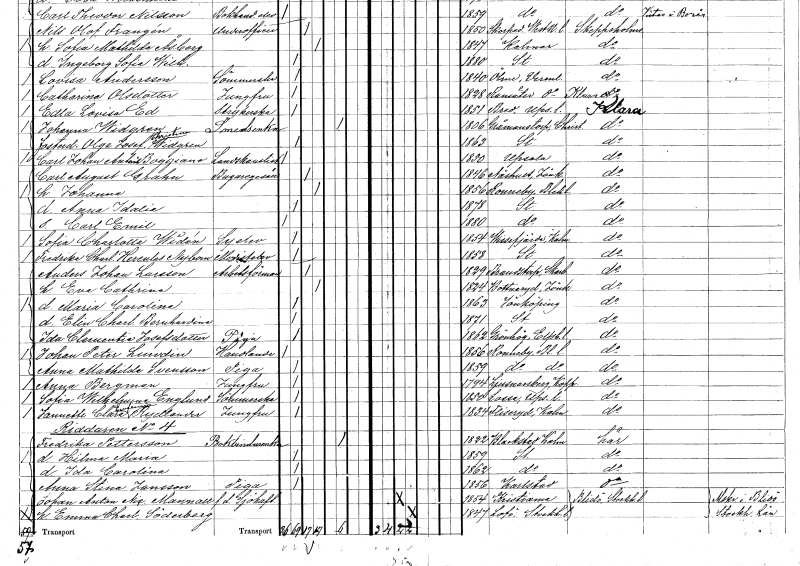
gt_parse: households: individuals: FN: Johanna
KON: K
CIV: G
FODAR: 1856
FODFORS: Ronneby Blekinge län
FN: Anna Idalia
KON: K
CIV: O
FODAR: 1878
FODFORS: Stockholm
FN: Carl Emil
KON: M
CIV: O
FODAR: 1880
FODFORS: Stockholm
FN: Sofia Charlotta
EN: Widén
YRKE: Syelev
KON: K
CIV: O
FODAR: 1854
FODFORS: Vissefjärda Kalmar län
FN: Fredrika Charlotta
EN: Hercules Nybom
YRKE: Modistelev
KON: K
CIV: O
FODAR: 1858
FODFORS: Stockholm
FN: Anders Johan
EN: Larsson
YRKE: Arbetsförman
KON: M
CIV: G
FODAR: 1829
FODFORS: Brandstorp Skaraborgs län
FN: Eva Cathrina
KON: K
CIV: G
FODAR: 1824
FODFORS: Bottnaryd Jönköpings län
FN: Maria Carolina
KON: K
CIV: O
FODAR: 1863
FODFORS: Jönköping Jönköpings län
FN: Elin Charlotta Bernhardina
KON: K
CIV: O
FODAR: 1871
FODFORS: Stockholm
FN: Ida Clementia
EN: Josefsdotter
YRKE: Piga
KON: K
CIV: O
FODAR: 1862
FODFORS: Grönahög Älvsborgs län
FN: Johan Peter
EN: Lundin
YRKE: Handlande
KON: M
CIV: O
FODAR: 1856
FODFORS: Ronneby Blekinge län
FN: Anna Mathilda
EN: Svensson
YRKE: Piga
KON: K
CIV: O
FODAR: 1859
FODFORS: Ronneby Blekinge län
FN: Anna
EN: Bergman
YRKE: Jungfru
KON: K
CIV: O
FODAR: 1794
FODFORS: Ljusnarsberg Örebro län
FN: Sofia Wilhelmina
EN: Englund
YRKE: Sömmerska
KON: K
CIV: O
FODAR: 1850
FODFORS: Lossa Stockholms län
FN: Janette Clara Eufemia
EN: Rydlander
YRKE: Jungfru
KON: K
CIV: O
FODAR: 1834
FODFORS: Fliseryd Kalmar län
FN: Fredrika
EN: Pettersson
YRKE: Bokbindareänka
KON: K
CIV: E
FODAR: 1822
FODFORS: Blackstad Kalmar län
FN: Hilma Maria
KON: K
CIV: O
FODAR: 1859
FODFORS: Stockholm
FN: Ida Carolina
KON: K
CIV: O
FODAR: 1862
FODFORS: Stockholm
FN: Anna Stina
EN: Jansson
YRKE: Piga
KON: K
CIV: O
FODAR: 1856
FODFORS: Karlstad Värmlands län
FN: Johan Anton Nic.
EN: Mannall
YRKE: Sjökapten f.d.
KON: M
CIV: G
FODAR: 1854
FN: Emma Charlotta
EN: Söderberg
KON: K
CIV: G
FODAR: 1847
FODFORS: Lovö Stockholms län